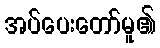
အပ်ပေးတော်မူ၏